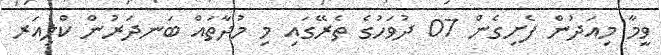
ވީމާ މިއަދުން ފެށިގެން 07 ދުވަހުގެ ތެރޭގައި މި މުދާތައް ބަނދަރުން ކްލިއަރ